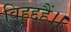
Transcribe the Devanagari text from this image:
विहद्दहैं।।